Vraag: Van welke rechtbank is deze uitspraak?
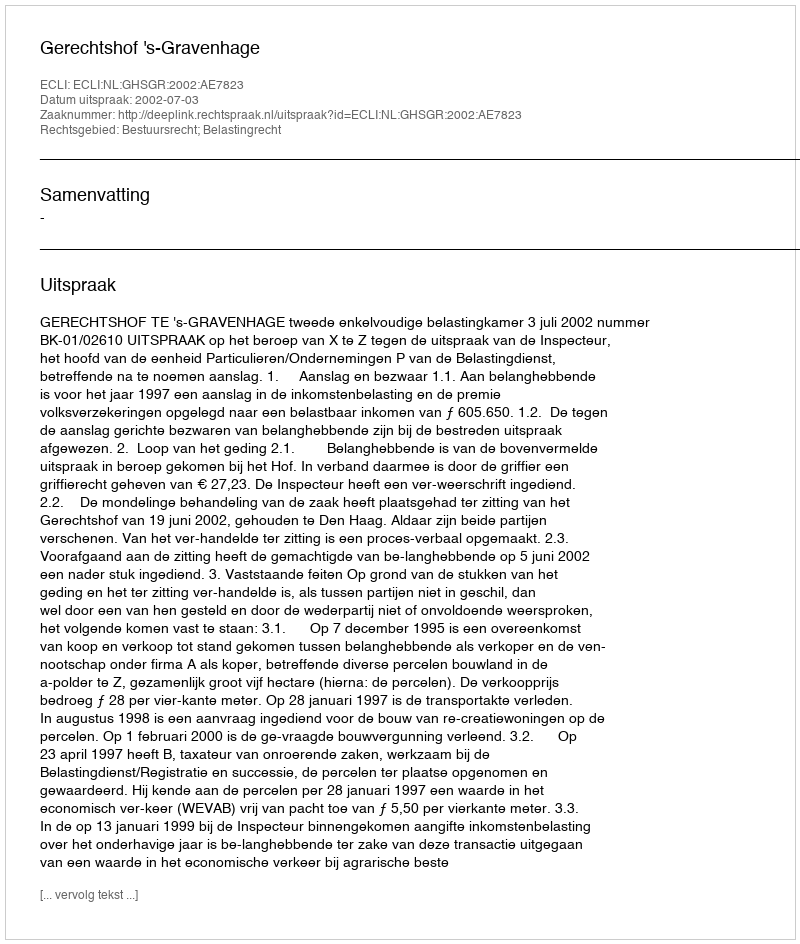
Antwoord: Gerechtshof 's-Gravenhage